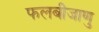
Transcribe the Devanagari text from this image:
फलबीजाणु